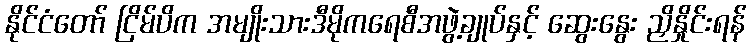
နိုင်ငံတော် ငြိမ်ပိက အမျိုးသားဒီမိုကရေစီအဖွဲ့ချုပ်နှင့် ဆွေးနွေး ညှိနှိုင်းရန်